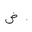
Letter: _dad